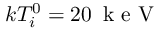
k T _ { i } ^ { 0 } = 2 0 \, \mathrm { ~ k ~ e ~ V ~ }